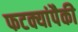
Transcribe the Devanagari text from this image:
फटक्यांपैकी